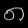
Digit: ၈